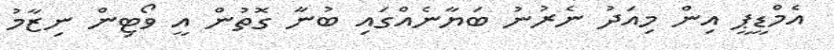
އެމްޑީޕީ އިން މިއަދު ނެރުނު ބަޔާނެއްގައި ބުނާ ގޮތުން އީ ވޯޓިން ނިޒާމު